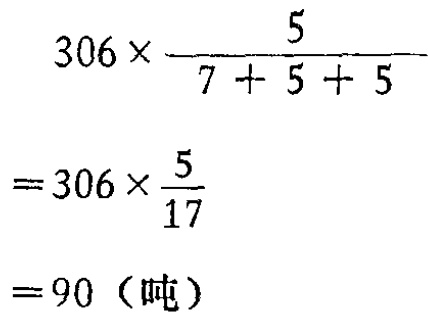
\[

\begin{align*}

&306\times\frac{5}{7 + 5 + 5}\\

=&306\times\frac{5}{17}\\

=&90（吨）

\end{align*}

\]